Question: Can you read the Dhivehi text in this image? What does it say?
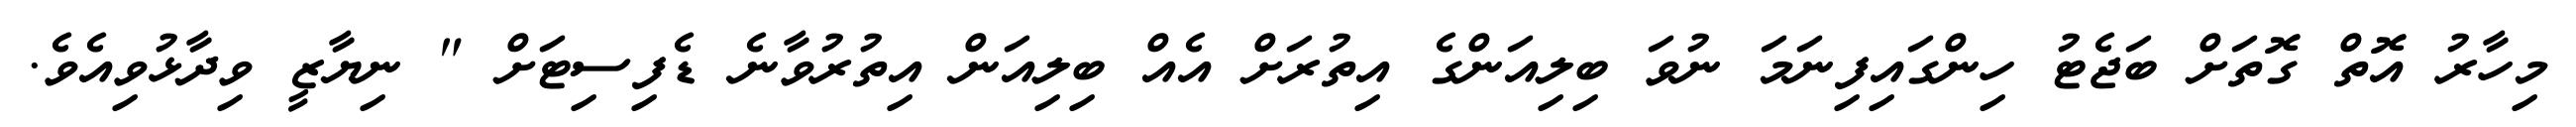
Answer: މިހާރު އޮތް ގޮތަށް ބަޖެޓު ހިންގައިފިނަމަ ނުވަ ބިލިއަންގެ އިތުރަށް އެއް ބިލިއަން އިތުރުވާނެ ޑެފިސިޓަށް " ނިޔާޒީ ވިދާޅުވިއެވެ.